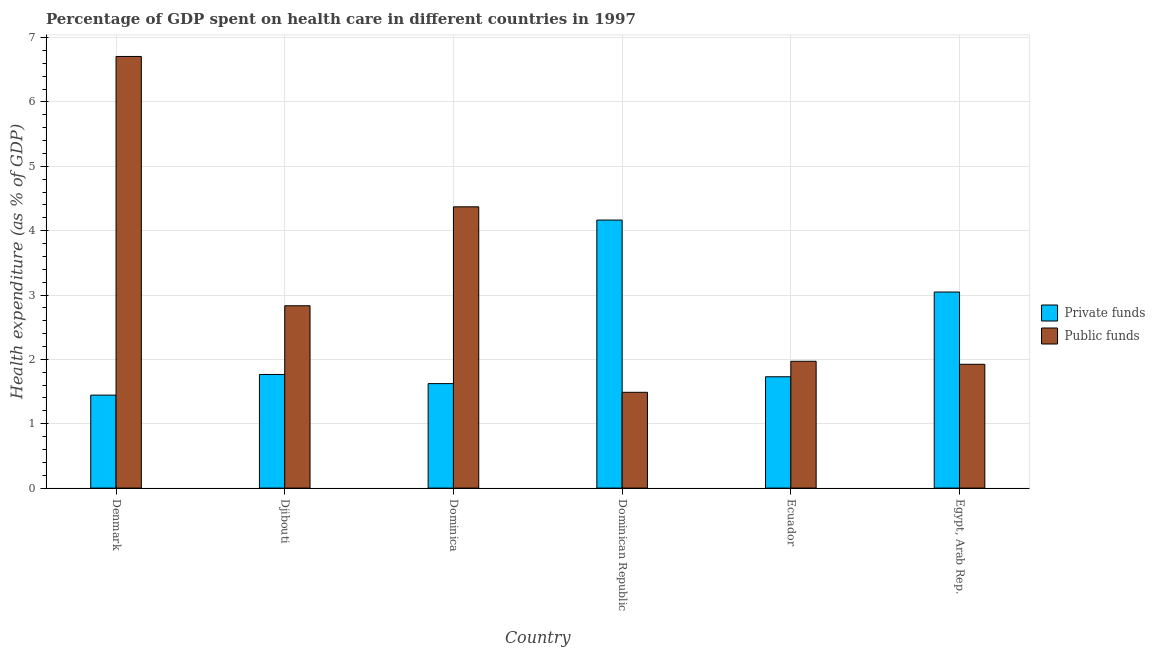
| Country | Private funds | Public funds |
 | --- | --- | --- |
 | Denmark | 1.44 | 6.71 |
 | Djibouti | 1.77 | 2.83 |
 | Dominica | 1.62 | 4.37 |
 | Dominican Republic | 4.16 | 1.49 |
 | Ecuador | 1.73 | 1.97 |
 | Egypt, Arab Rep. | 3.05 | 1.92 |